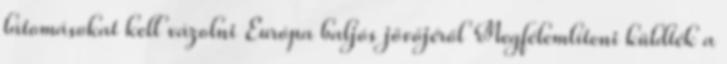
látomásokat kell vázolni Európa baljós jövőjéről Megfélemlíteni küldték a